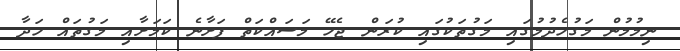
ނިމުމުން މަގުހެދުމުގައި މަގުތަކުގައި ކުރަން ޖެހޭ މަސައްކަތް ފަށާނެ ކަމަށާއި މަގުތައް ހަދާ